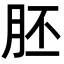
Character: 胚